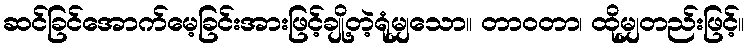
ဆင်ခြင်အောက်မေ့ခြင်းအားဖြင့်ချို့တဲ့ရုံမျှသော။ တာဝတာ၊ ထိုမျှတည်းဖြင့်။